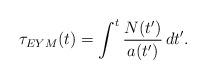
LaTeX: \begin{align*}\tau_{EYM}(t)=\int^t \frac{N(t')}{a(t')} \, dt'.\end{align*}